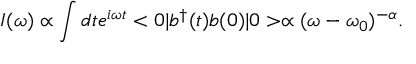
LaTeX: I ( \omega ) \propto \int d t e ^ { i \omega t } < 0 | b ^ { \dagger } ( t ) b ( 0 ) | 0 > \propto ( \omega - \omega _ { 0 } ) ^ { - \alpha } .